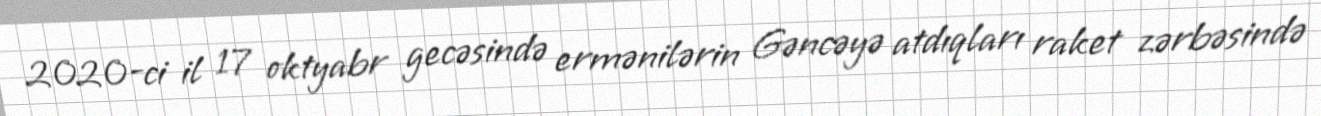
2020-ci il 17 oktyabr gecəsində ermənilərin Gəncəyə atdıqları raket zərbəsində